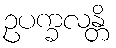
ဥပက္ခလန္တိ